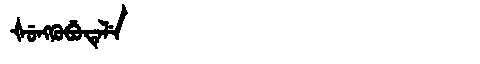
Manchu: ᡧᡠᠩᡴᡠᠪᡠᡨᡝᠯᡝ
Romanization: ŠUNGKUBUTELE